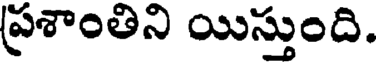
ప్రశాంతిని యిస్తుంది.